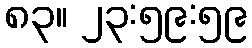
၈၃။ ၂၃:၅၉:၅၉